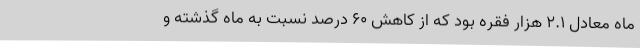
ماه معادل ۲.۱ هزار فقره بود که از کاهش ۶۰ درصد نسبت به ماه گذشته و